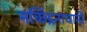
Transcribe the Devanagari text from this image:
मच्छिंद्रनाथानी